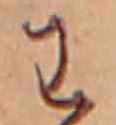
わ